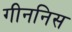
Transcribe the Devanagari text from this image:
गीननिस